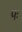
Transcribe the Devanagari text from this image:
पः